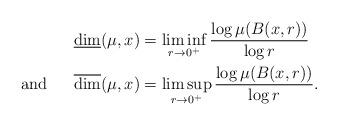
LaTeX: \begin{align*}&\underline\dim (\mu,x)=\liminf_{r\rightarrow 0^{+}}\frac{\log\mu(B(x,r))}{\log r} \\ \mbox{ and } \ \ \ \ & \overline\dim (\mu,x)=\limsup_{r\rightarrow 0^{+}}\frac{\log \mu(B(x,r))}{\log r}. \end{align*}